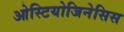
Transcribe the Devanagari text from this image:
ओस्टियोजिनेसिस